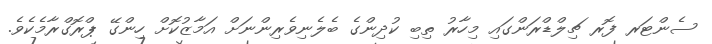
ސެންޓަރ ފޮރ ޗިލްޑްރަންގައި މިހާރު ތިބި ކުދިންގެ ބެލެނިވެރިންނަށް އަމާޒުކޮށް ހިންގޭ ޕްރޮގްރާމެކެވެ.